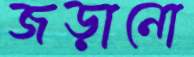
জড়ানো